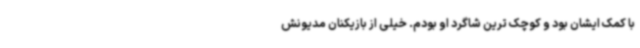
با کمک ایشان بود و کوچک ترین شاگرد او بودم. خیلی از بازیکنان مدیونش